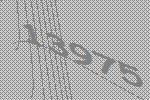
13975